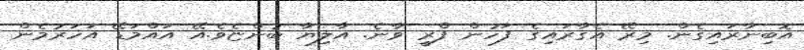
އޮބިނާރައިގެން. މިރޭ އެގާރައިގެ ފަހުން ފްރީ ވާނެ. އާލިޔާ ބުންޏެވެ.އޭ އައްމަޑޭ އަހަރުމެން